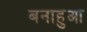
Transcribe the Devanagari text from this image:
बनाहुआ